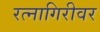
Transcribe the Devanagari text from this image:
रत्‍नागिरीवर